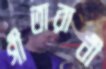
গীতারানী